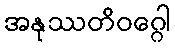
အနုဿတိဝဂ္ဂေါ